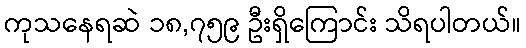
ကုသနေရဆဲ ၁၈,၇၅၉ ဦးရှိကြောင်း သိရပါတယ်။